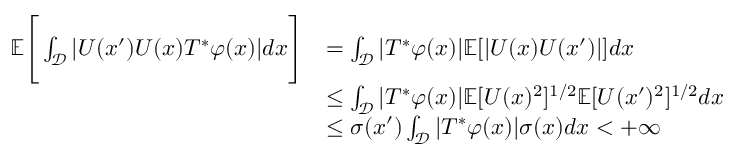
\begin{array} { r l } { \mathbb { E } \Bigg [ \int _ { \mathcal { D } } | U ( x ^ { \prime } ) U ( x ) T ^ { * } \varphi ( x ) | d x \Bigg ] } & { = \int _ { \mathcal { D } } | T ^ { * } \varphi ( x ) | \mathbb { E } [ | U ( x ) U ( x ^ { \prime } ) | ] d x } \\ & { \leq \int _ { \mathcal { D } } | T ^ { * } \varphi ( x ) | \mathbb { E } [ U ( x ) ^ { 2 } ] ^ { 1 / 2 } \mathbb { E } [ U ( x ^ { \prime } ) ^ { 2 } ] ^ { 1 / 2 } d x } \\ & { \leq \sigma ( x ^ { \prime } ) \int _ { \mathcal { D } } | T ^ { * } \varphi ( x ) | \sigma ( x ) d x < + \infty } \end{array}